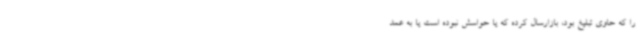
را که حاوی تبلیغ بود، بازارسال کرده که یا حواسش نبوده است یا به عمد